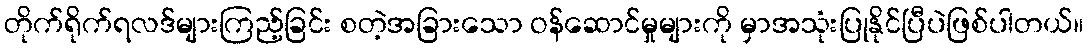
တိုက်ရိုက်ရလဒ်များကြည့်ခြင်း စတဲ့အခြားသော ဝန်ဆောင်မှုများကို မှာအသုံးပြုနိုင်ပြီပဲဖြစ်ပါတယ်။